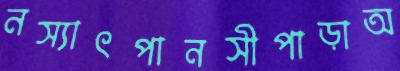
নস্যাৎপানসীপাড়াঅ